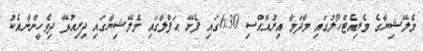
މެލޭޝިޔާގެ މެރިއެޓްހޯލުގައި މާދަމާ އިރުއޮއްސި 6:30ގައި ފެށޭ ޙަފްލާގައި މެލޭޝިޔާގައި ދިރިއުޅޭ ދިވެހީންނާއެކު